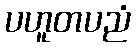
ပဟူတပညံ